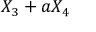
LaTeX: X _ { 3 } + a X _ { 4 }